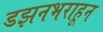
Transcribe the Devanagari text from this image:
डझनभराहून